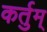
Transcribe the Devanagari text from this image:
कर्तुम्